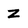
Character: Z